Report on the working of the mental hospitals for Indians in Bihar and Orissa - 1925-1929
Year: 1925
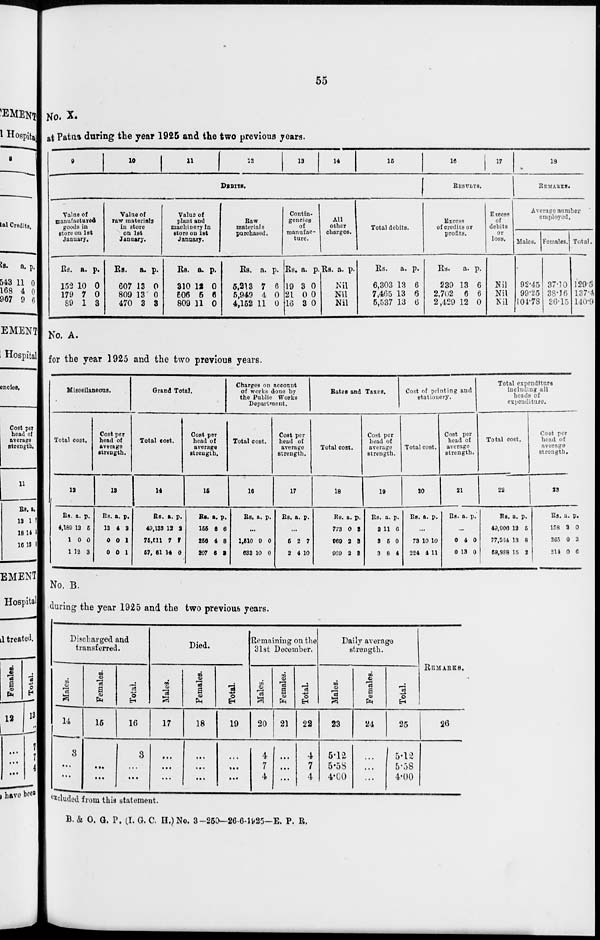
55
No. X.
at Patna during the year 1925 and the two previous years.
9
10
11
12
13
14
15
DEBITS.
Value of
manufactured
goods in
store on 1st
January.
Rs.
152
179
89
a.
10
7
1
p.
0
0
3
Value of
raw materials
in store
on 1st
January.
Rs.
607
809
470
a.
13
13
3
p.
0
0
3
Value of
plant and
machinery in
store on 1st
January.
Rs.
310
506
809
a.
12
5
11
p.
0
6
0
Raw
materials
purchased.
Rs.
5,213
5,949
4,152
a.
7
4
11
p.
6
0
0
Contin-
gencies
of
manufac-
ture.
Rs.
19
21
16
a.
3
0
3
p.
0
0
0
All
other
charges.
Rs. a. p.
Nil
Nil
Nil
Total debits.
Rs.
6,303
7,465
5,537
a.
13
13
13
p.
6
6
6
16
17
RESULTS.
Excess
of credits or
profits.
Rs.
239
2,702
2,429
a.
13
6
12
p.
6
6
0
Excess
of
debits
or
loss.
Nil
Nil
Nil
18
REMARKS.
Average number
employed.
Males.
92.45
99.25
104.78
Females.
37.10
38.16
36.15
Total.
129.55
137.41
140.93
No. A.
for the year 1925 and the two previous years.
Miscellaneous.
Total cost.
12
Rs.
4,189
1
1
a.
12
0
12
p.
5
0
3
Cost per
head of
average
strength.
13
Rs.
13
0
0
a.
4
0
0
p.
3
1
1
Grand Total.
Total cost.
14
Rs.
49,133
75,011
57, 61
a.
12
7
14
p.
2
7
0
Cost per
head of
average
strength.
15
Rs.
155
256
207
a.
6
4
6
p.
6
8
3
Charges on account
of works done by
the Public Works
Department.
Total cost.
16
Rs. a. p.
...
1,510
633
9
10
0
0
Cost per
head of
average
strength.
17
Rs. a. p.
...
5
2
2
4
7
10
Rates and Taxes.
Total cost.
18
Rs.
773
969
969
a.
0
2
2
p.
3
3
3
Cost per
head of
average
strength.
19
Rs.
2
3
3
a.
11
5
8
p.
6
0
4
Cost of printing and
stationery.
Total cost.
20
Rs. a. p.
...
73
224
10
4
10
11
Cost per
head of
average
strength.
21
Rs. a. p.
...
0
0
4
13
0
0
Total expenditure
including all
heads of
expenditure.
Total cost.
22
Rs.
49,906
77,564
58,888
a.
12
13
15
p.
5
8
2
Cost per
head of
average
strength.
23
Rs.
158
265
214
a.
2
0
0
p.
0
3
6
No. B.
during the year 1925 and the two previous years.
Discharged and
transferred.
Males.
14
3
...
...
Females.
15
...
...
...
Total.
16
3
...
...
Died.
Males.
17
...
...
...
Females.
18
...
...
...
Total.
19
...
...
...
Remaining on the
31st December.
Males.
20
4
7
4
Females.
21
...
...
...
Total.
22
4
7
4
Daily average
strength.
Males.
23
5.12
5.58
4.60
Females.
24
...
...
...
Total.
25
5.12
5.58
4.00
REMARKS.
26
excluded from this statement.
B. & O. G. P. (I. G. C. H.) No. 3—250—26-6-1925—E. P. R.